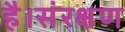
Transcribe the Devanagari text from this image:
है।संरक्षण